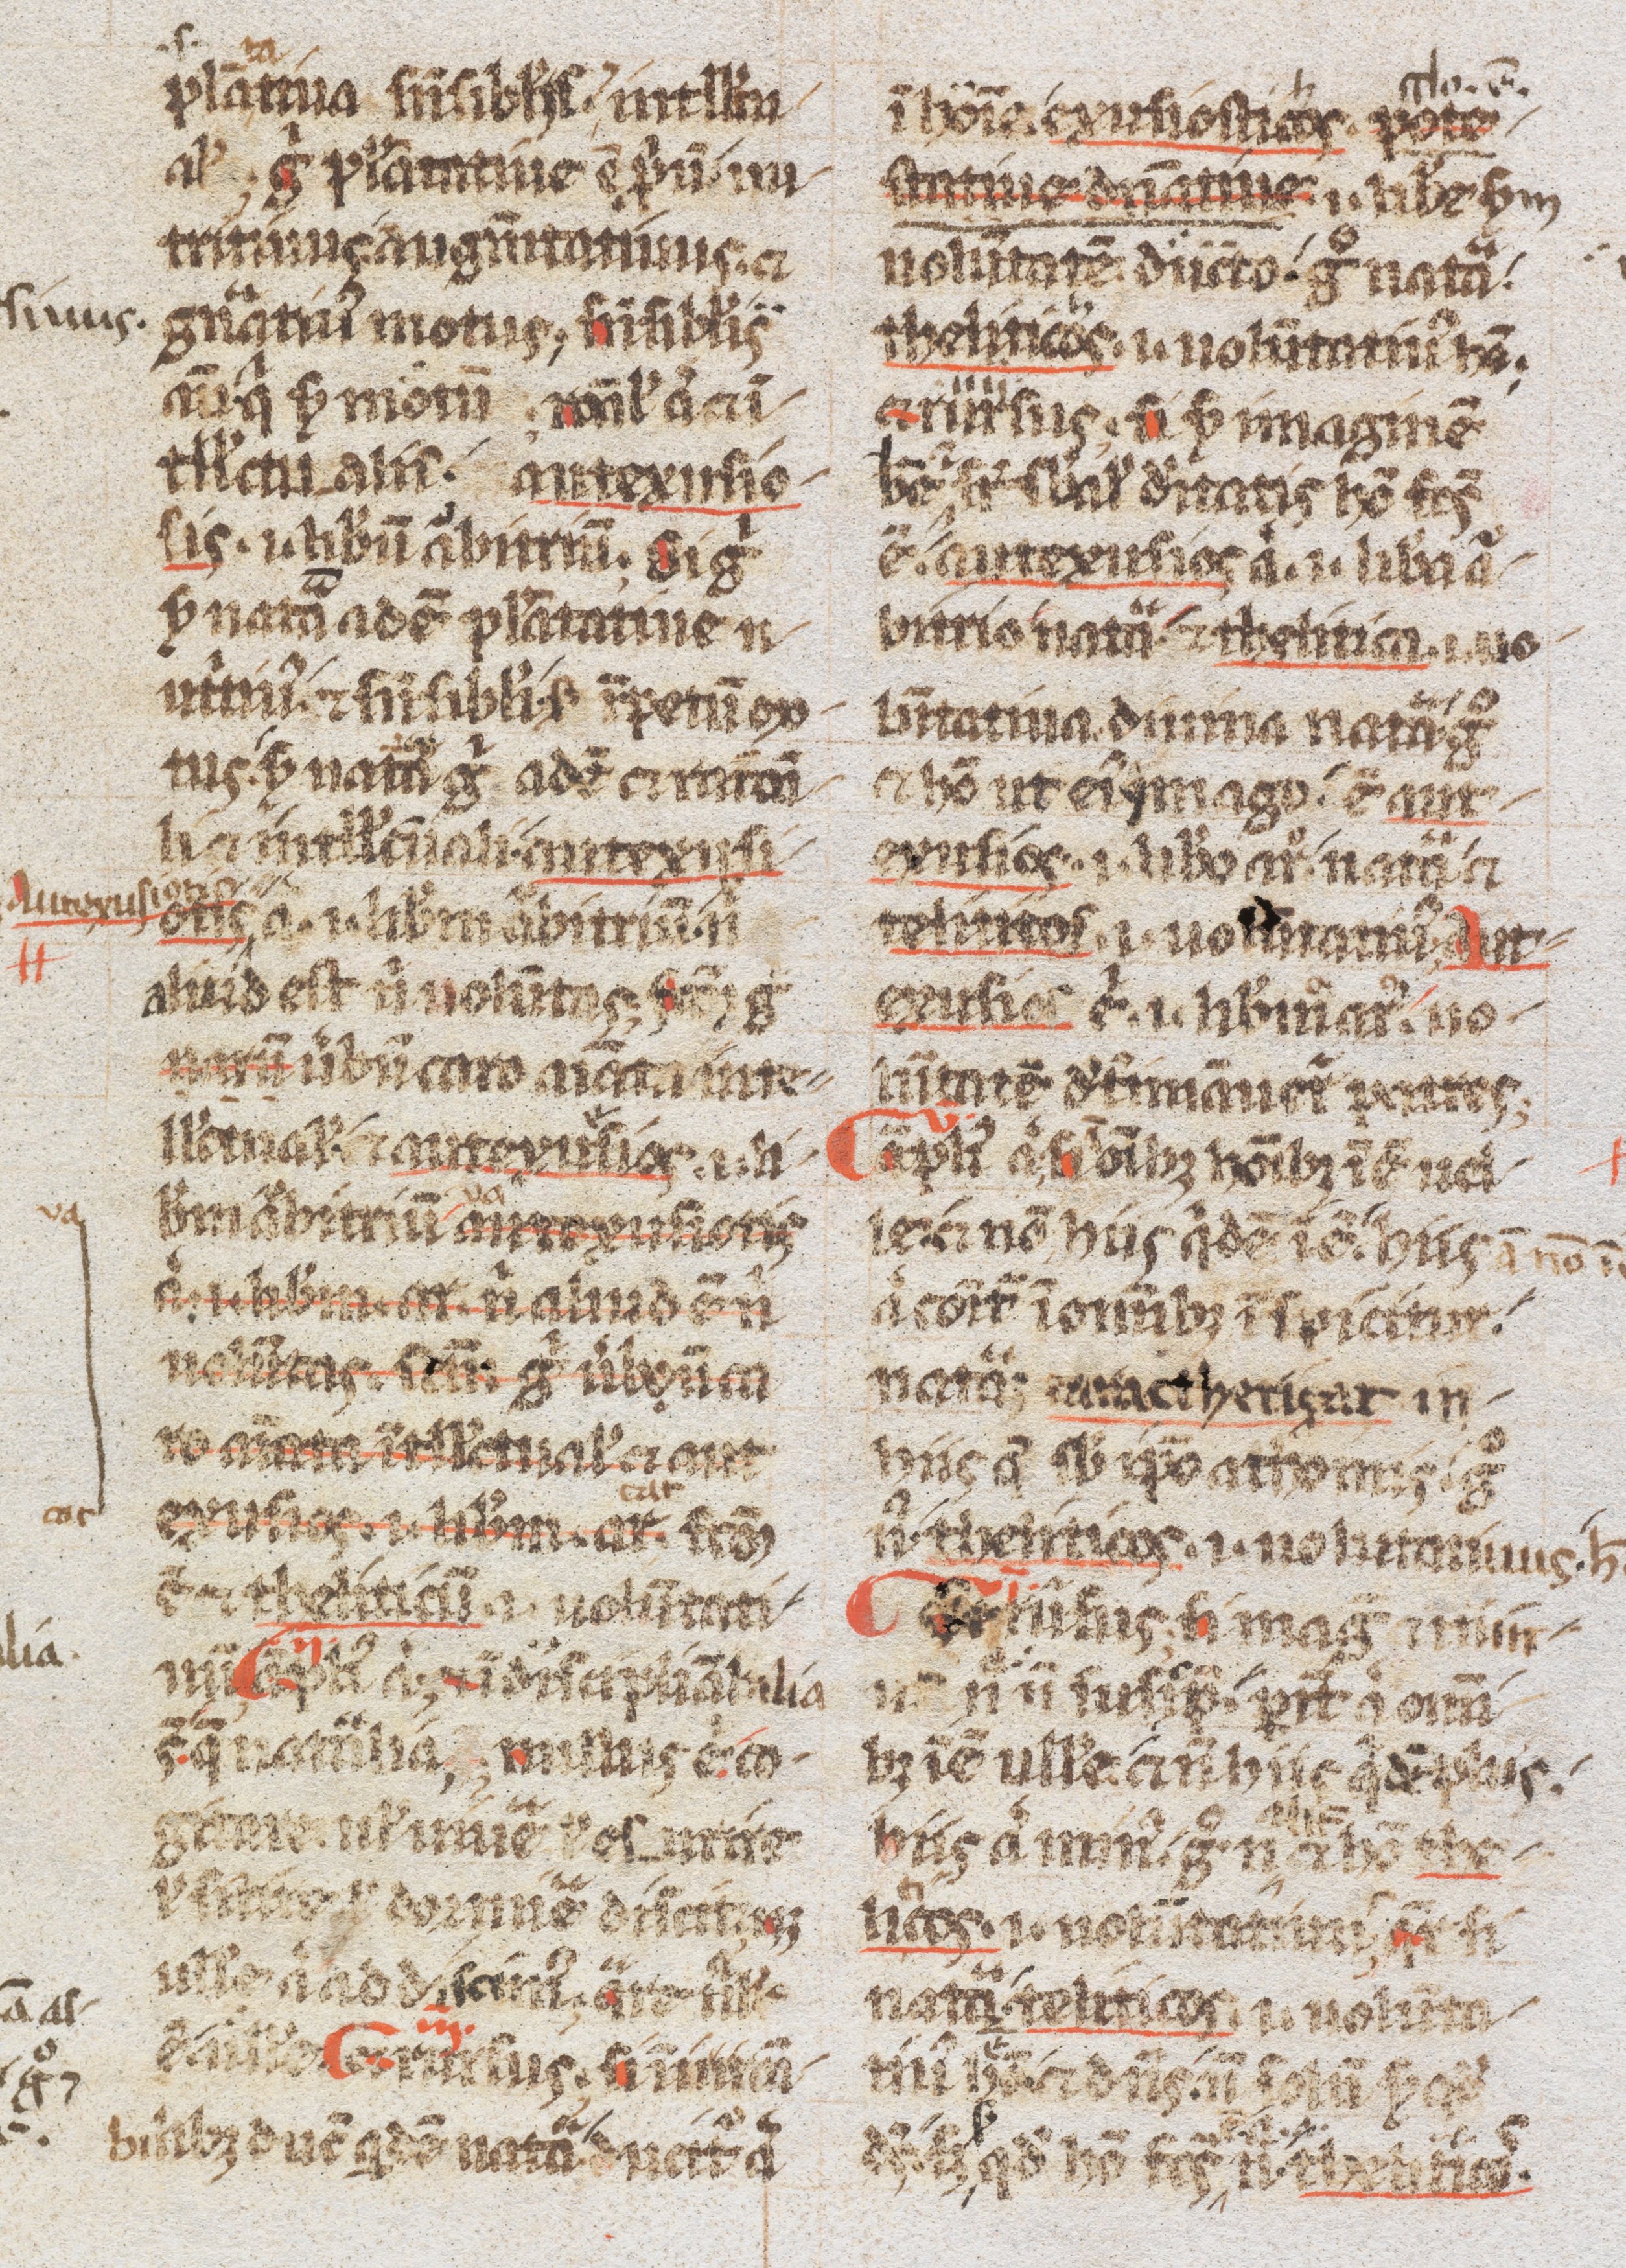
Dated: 1200–1299